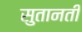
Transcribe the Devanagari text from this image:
सुतानती